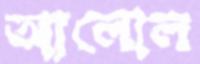
আলোল